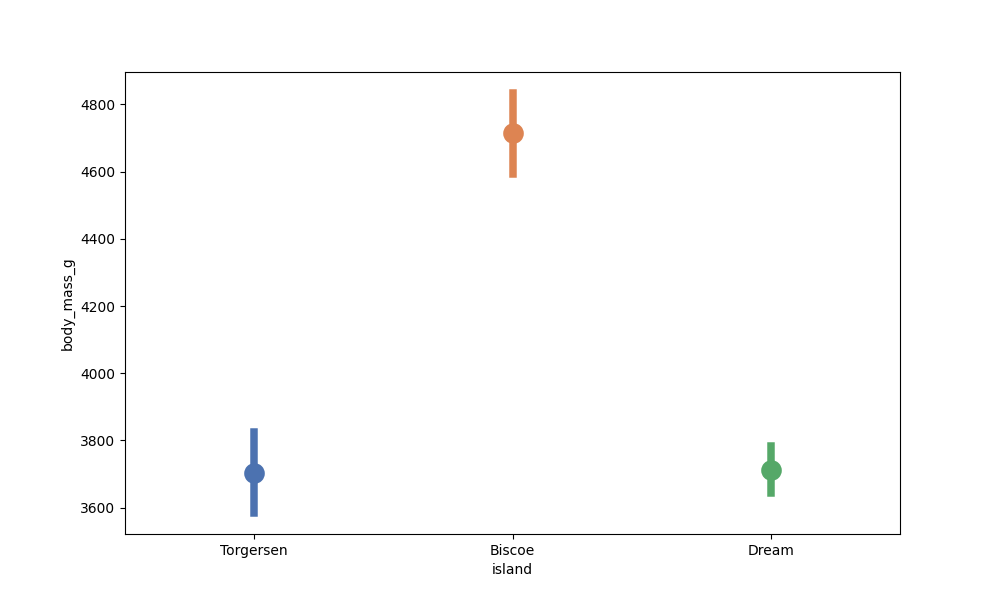
python, seaborn, pointplot, scale=2.0, join=False, hue='None', palette='deep'